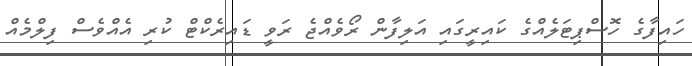
ހައިފާގެ ހޮސްޕިޓަލެއްގެ ކައިރީގައި އަލިފާން ރޯވެއްޖެ ރަވީ ޑައިރެކްޓް ކުރި އެއްވެސް ފިލްމެއް